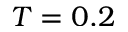
T = 0 . 2